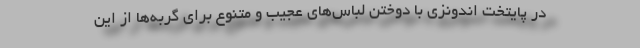
در پایتخت اندونزی با دوختن لباس‌های عجیب و متنوع برای گربه‌ها از این